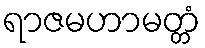
ရာဇမဟာမတ္တံ